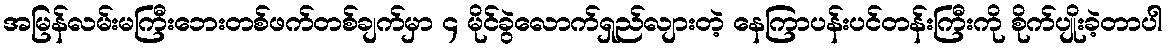
အမြန်လမ်းမကြီးဘေးတစ်ဖက်တစ်ချက်မှာ ၄ မိုင်ခွဲလောက်ရှည်လျားတဲ့ နေကြာပန်းပင်တန်းကြီးကို စိုက်ပျိုးခဲ့တာပါ